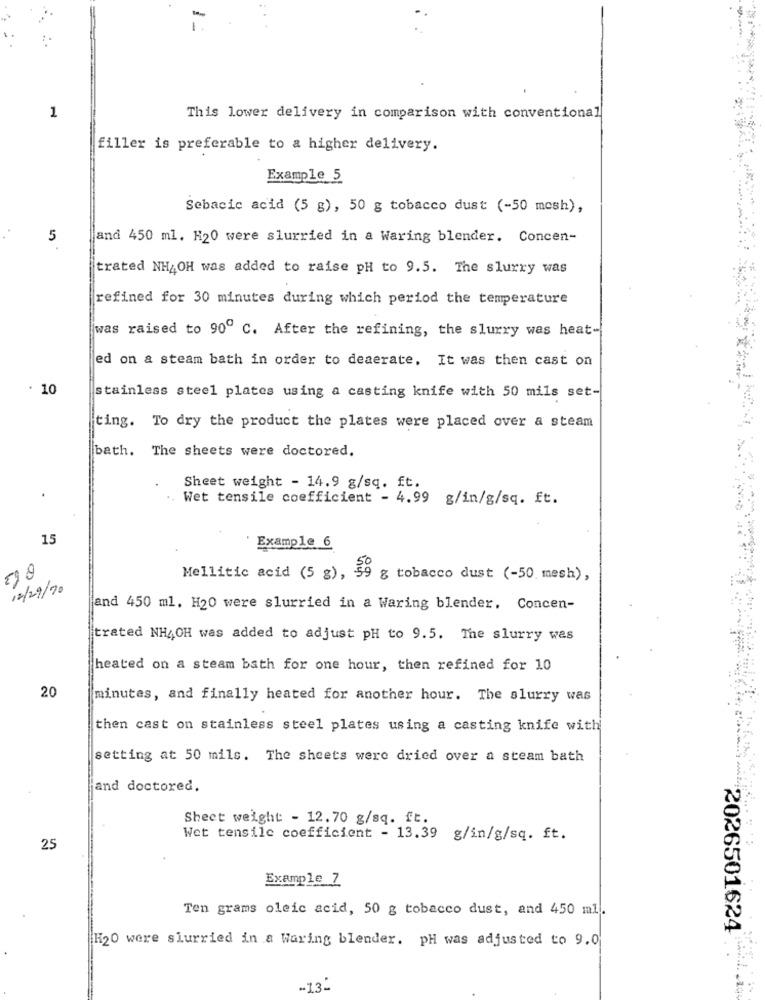
1
This lower delivery in comparison with conventional
filler is preferable to a higher delivery.
Example 5
Sebacic acid (5 g), 50 g tobacco dust (-50 mesh),
5
and 450 ml. H20 were slurried in a Waring blender. Concen-
trated NH4OH was added to raise pH to 9.5. The slurry was
refined for 30 minutes during which period the temperature
was raised to 90º C. After the refining, the slurry was heat-
ed on a steam bath in order to deaerate. It was then cast on
: 10
stainless steel plates using a casting knife with 50 mils set-
ting. To dry the product the plates were placed over a steam
bath. The sheets were doctored.
Sheet weight - 14.9 g/sq. ft.
.. Wet tensile coefficient - 4.99 g/in/g/sq. ft.
15
Example 6
Mellitic acid (5 g), 59 g tobacco dust (-50. mesh),
12/29/20
and 450 ml. H20 were slurried in a Waring blender. Concen-
trated NHAOH was added to adjust pH to 9.5. The slurry was
heated on a steam bath for one hour, then refined for 10
20
minutes, and finally heated for another hour. The slurry was
then cast on stainless steel plates using a casting knife with
setting at 50 mils. The sheets were dried over a steam bath
jand doctored.
Sheet weight: - 12.70 g/sq. ft.
Wet tensile coefficient - 13.39 g/in/g/sq. ft.
25
Example Z
Ten grams oleic acid, 50 g tobacco dust, and 450 ml.
H20 were slurried in a Waring blender. pH was adjusted to 9.0
2026501624
-13: